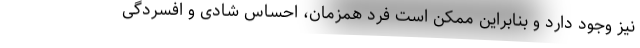
نیز وجود دارد و بنابراین ممکن است فرد همزمان، احساس شادی و افسردگی